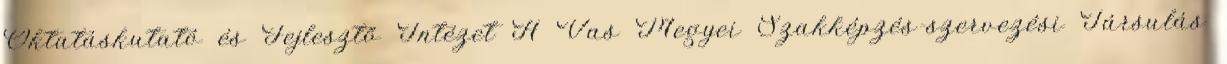
Oktatáskutató és Fejlesztő Intézet A Vas Megyei Szakképzés-szervezési Társulás